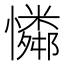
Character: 𪬾